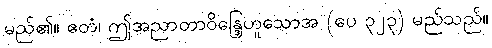
မည်၏။ ဧတံ၊ ဤအညာတာဝိန္ဒြေဟူသောအ (ပေ ၃၂၃) မည်သည်။